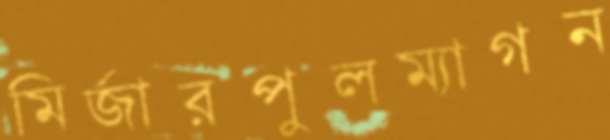
মির্জারপুলম্যাগন